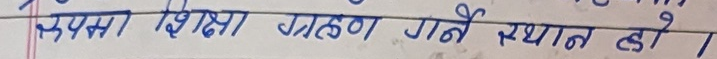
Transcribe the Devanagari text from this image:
जहाँ शिक्षा ग्रहण गर्ने स्थान हो।